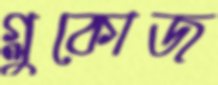
গ্লুকোজ